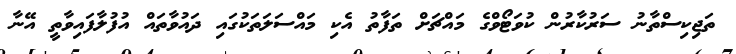
ތަޖިކިސްތާނު ސަރުކާރުން ކުވަޓޯވްގެ މައްޗަށް ތަފާތު އެކި މައްސަލަތަކުގައި ދައުވާތައް އުފުލާފައިވާތީ އޭނާ